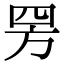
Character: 𬙙